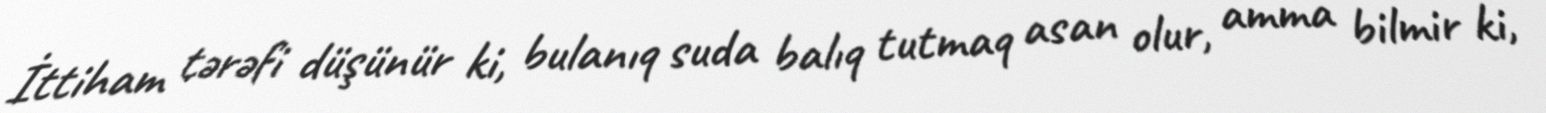
İttiham tərəfi düşünür ki, bulanıq suda balıq tutmaq asan olur, amma bilmir ki,